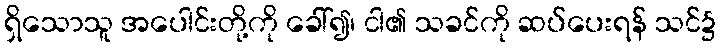
ရှိသောသူ အပေါင်းတို့ကို ခေါ်၍၊ ငါ၏ သခင်ကို ဆပ်ပေးရန် သင်၌